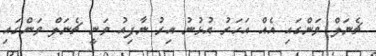
ޗެނަލް ވަންގައި އެއް އަހަރު އުޅުނު އިރު ނާފިއު ވަނީ ޗެނަލް ވަންގައި